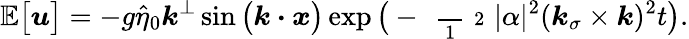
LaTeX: \mathbb{E}\big[\boldsymbol{u}\big]=-g\widehat{\eta}_{0}\boldsymbol{k}^{\perp}\sin\big(\boldsymbol{k}\boldsymbol{\cdot}\boldsymbol{x}\big)\exp\big(-\mathrm{~\scriptsize~\frac~{~1~}~{~2~}~}|\alpha|^{2}(\boldsymbol{k}_{\sigma}\times\boldsymbol{k})^{2}t\big).